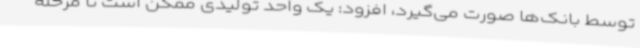
توسط بانک‌ها صورت می‌گیرد، افزود: یک واحد تولیدی ممکن است تا مرحله